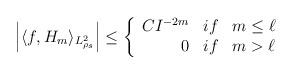
LaTeX: \begin{align*} \left|\langle f, H_m \rangle_{L^2_{\rho_s}} \right|\leq \left\{ \begin{array}{rcl} C I^{-2m} & if & m \leq \ell\\ 0 & if & m > \ell\\ \end{array} \right. \end{align*}